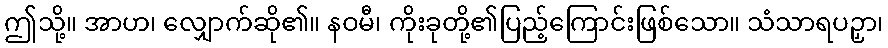
ဤသို့။ အာဟ၊ လျှောက်ဆို၏။ နဝမီ၊ ကိုးခုတို့၏ပြည့်ကြောင်းဖြစ်သော။ သံသာရပဉှာ၊